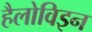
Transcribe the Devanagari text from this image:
हैलोविइन